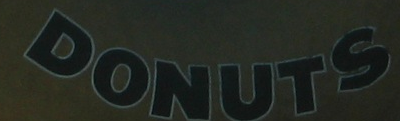
DONUTS